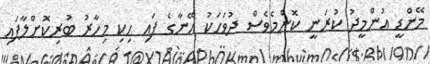
މޭންޑީ އުންމީދު ކުރަނީ ކޮންމެވެސް ދުވަހަކު އޭނާގެ ފައި ހިކި މިހާރު ބުރިކޮށްލާފައި